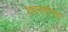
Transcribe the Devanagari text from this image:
राइनहोल्ड